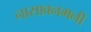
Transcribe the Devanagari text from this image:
नासावनमनी